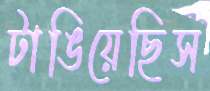
টাঙিয়েছিস